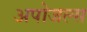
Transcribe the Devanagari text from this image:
अपोजल्स